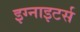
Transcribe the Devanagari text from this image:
इग्नाइटर्स